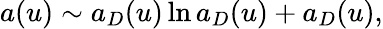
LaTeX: a(u)\sim a_{D}(u)\ln a_{D}(u)+a_{D}(u),